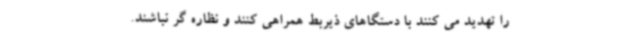
را تهدید می کنند با دستگاهای ذیربط همراهی کنند و نظاره گر نباشند.